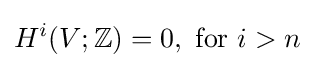
H^{i}(V;\mathbb {Z} )=0,{\text{ for }}i>n